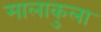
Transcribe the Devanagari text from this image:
मालाकुला